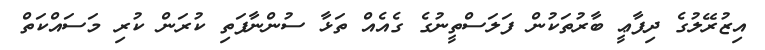
އިޒުރޭލުގެ ދިފާޢީ ބާރުތަކުން ފަލަސްތީނުގެ ގެއެއް ތަޅާ ސުންނާފަތި ކުރަން ކުރި މަސައްކަތް